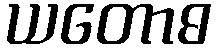
ယတောဓ